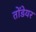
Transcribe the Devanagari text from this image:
तोंडेयर